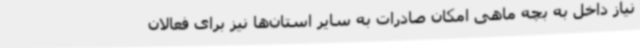
نیاز داخل به بچه ماهی امکان صادرات به سایر استان‌ها نیز برای فعالان